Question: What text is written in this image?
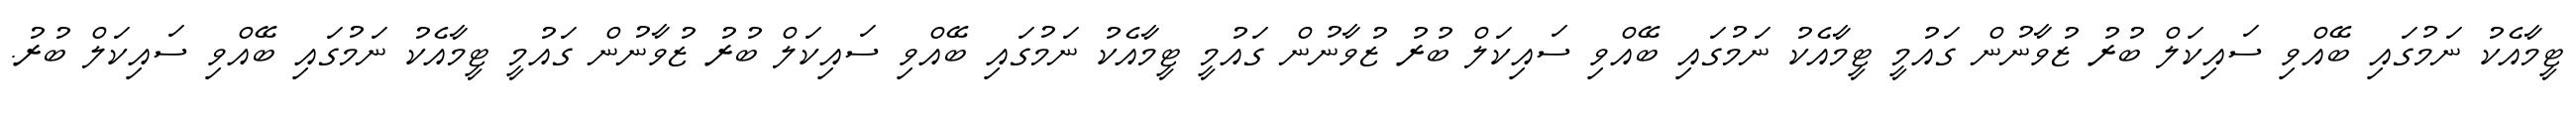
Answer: ޓީމާއެކު ނަމުގައި ބޭއްވި ސައިކަލް ބުރު ޒުވާނުން ގައުމީ ޓީމާއެކު ނަމުގައި ބޭއްވި ސައިކަލް ބުރު ޒުވާނުން ގައުމީ ޓީމާއެކު ނަމުގައި ބޭއްވި ސައިކަލް ބުރު ޒުވާނުން ގައުމީ ޓީމާއެކު ނަމުގައި ބޭއްވި ސައިކަލް ބުރު.